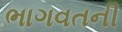
ભાગવતની